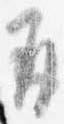
并